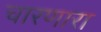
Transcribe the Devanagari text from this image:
चारणारा